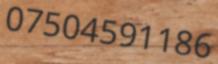
07504591186